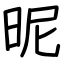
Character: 昵